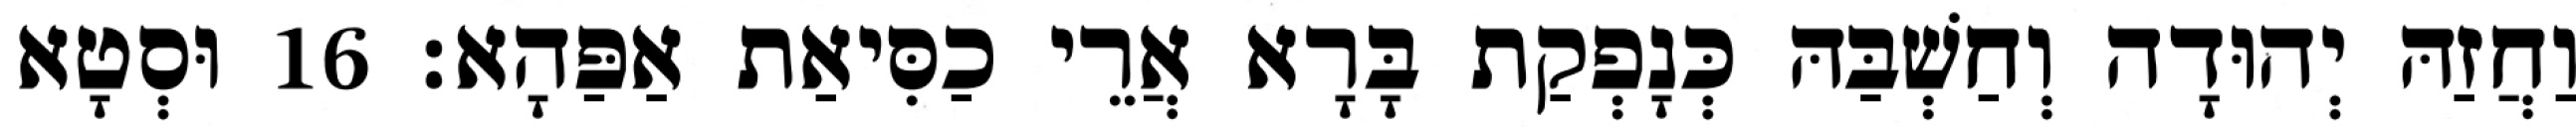
וַחֲזַהּ יְהוּדָה וְחַשְׁבַּהּ כְּנָפְקַת בָּרָא אֲרֵי כַסִּיאַת אַפַּהָא׃ 16 וּסְטָא